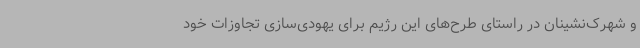
و شهرک‌نشینان در راستای طرح‌های این رژیم برای یهودی‌سازی تجاوزات خود